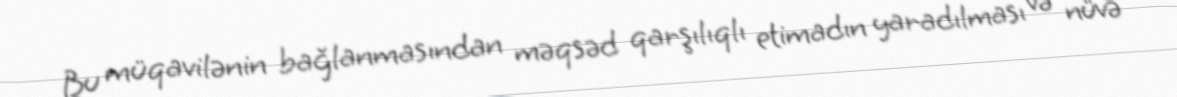
Bu müqavilənin bağlanmasından məqsəd qarşılıqlı etimadın yaradılması və nüvə